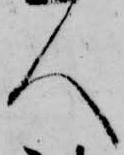
人